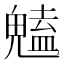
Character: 𮫥